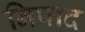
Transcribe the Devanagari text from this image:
निपाद